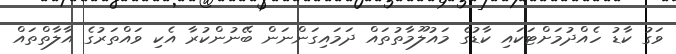
ވަގު ކާޑު ހެއްދުމަށްޓަކައި ކާޑުގެ މައުލޫމާތުތައް ދަމައިގަންނަން ބޭނުންކުރާ އެކި ވައްތަރުގެ އާލާތްތައް